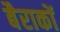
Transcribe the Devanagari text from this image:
बैराकों